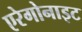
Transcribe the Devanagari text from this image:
एरेगोनाइट